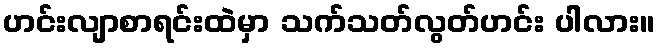
ဟင်းလျာစာရင်းထဲမှာ သက်သတ်လွတ်ဟင်း ပါလား။